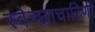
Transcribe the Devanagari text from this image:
स्वेच्छाचारिणी